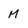
Character: M